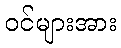
ဝင်များအား